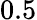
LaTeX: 0.5